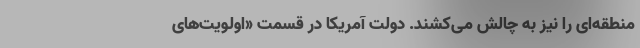
منطقه‌ای را نیز به چالش می‌کشند. دولت آمریکا در قسمت «اولویت‌های